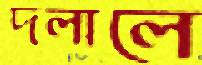
দলালে